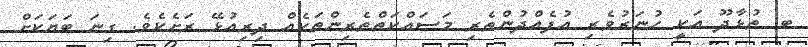
ބ. ތުޅާދޫ އަކީ ހުނަރުވެރި އުފެއްދުންތެރި މަސައްކަތްތެރިންތަކެއް ދިރިއުޅޭ ރަށެކެވެ. ގިނަ ބަޔަކަށް